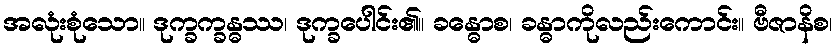
အလုံးစုံသော။ ဒုက္ခက္ခန္ဓဿ၊ ဒုက္ခပေါင်း၏။ ခန္ဓောစ၊ ခန္ဓာကိုလည်းကောင်း။ ဗီဇာနိစ၊